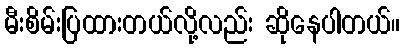
မီးစိမ်းပြထားတယ်လို့လည်း ဆိုနေပါတယ်။